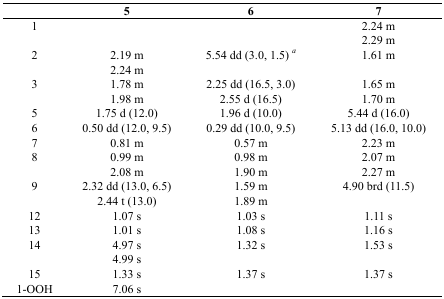
<table><thead><tr><td></td><td><b>5</b></td><td><b>6</b></td><td><b>7</b></td></tr></thead><tbody><tr><td>1</td><td></td><td></td><td>2.24 m</td></tr><tr><td></td><td></td><td></td><td>2.29 m</td></tr><tr><td>2</td><td>2.19 m</td><td>5.54 dd (3.0, 1.5)<i><sup>a</sup></i></td><td>1.61 m</td></tr><tr><td></td><td>2.24 m</td><td></td><td></td></tr><tr><td>3</td><td>1.78 m</td><td>2.25 dd (16.5, 3.0)</td><td>1.65 m</td></tr><tr><td></td><td>1.98 m</td><td>2.55 d (16.5)</td><td>1.70 m</td></tr><tr><td>5</td><td>1.75 d (12.0)</td><td>1.96 d (10.0)</td><td>5.44 d (16.0)</td></tr><tr><td>6</td><td>0.50 dd (12.0, 9.5)</td><td>0.29 dd (10.0, 9.5)</td><td>5.13 dd (16.0, 10.0)</td></tr><tr><td>7</td><td>0.81 m</td><td>0.57 m</td><td>2.23 m</td></tr><tr><td>8</td><td>0.99 m</td><td>0.98 m</td><td>2.07 m</td></tr><tr><td></td><td>2.08 m</td><td>1.90 m</td><td>2.27 m</td></tr><tr><td>9</td><td>2.32 dd (13.0, 6.5)</td><td>1.59 m</td><td>4.90 brd (11.5)</td></tr><tr><td></td><td>2.44 t (13.0)</td><td>1.89 m</td><td></td></tr><tr><td>12</td><td>1.07 s</td><td>1.03 s</td><td>1.11 s</td></tr><tr><td>13</td><td>1.01 s</td><td>1.08 s</td><td>1.16 s</td></tr><tr><td>14</td><td>4.97 s</td><td>1.32 s</td><td>1.53 s</td></tr><tr><td></td><td>4.99 s</td><td></td><td></td></tr><tr><td>15</td><td>1.33 s</td><td>1.37 s</td><td>1.37 s</td></tr><tr><td>1-OOH</td><td>7.06 s</td><td></td><td></td></tr></tbody></table>